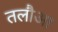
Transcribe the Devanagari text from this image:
तलौआ